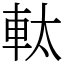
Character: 軚